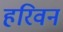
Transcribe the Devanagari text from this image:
हरिवन